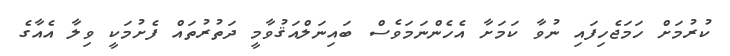
ކުރުމަށް ހަމަޖެހިފައި ނުވާ ކަމަށާ އެހެންނަމަވެސް ބައިނަލްއަޤުވާމީ ދަތުރުތައް ފެށުމަކީ ވިލާ އެއާގެ